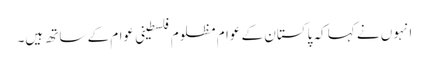
انہوں نے کہا کہ پاکستان کے عوام مظلوم فلسطینی عوام کے ساتھ ہیں۔